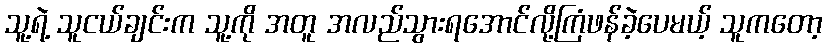
သူ့ရဲ့ သူငယ်ချင်းက သူ့ကို အတူ အလည်သွားရအောင်လို့ကြံဖန်ခဲ့ပေမယ့် သူကတော့